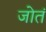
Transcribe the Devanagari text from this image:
जोतं